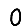
Digit: 0